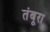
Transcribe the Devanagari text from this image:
तंबूरा